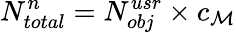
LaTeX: N_{total}^{n}=N_{obj}^{usr}\times c_{\mathcal{M}}